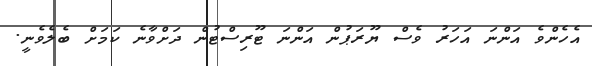
އެހެންވެ އަންނަ އަހަރު ވެސް ޔޫރަޕުން އަންނަ ޓޫރިސްޓުން ދަށްވާނެ ކަމަށް ބެލެވެނީ.